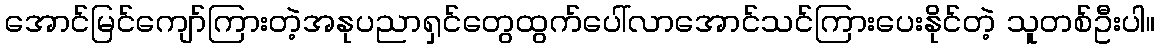
အောင်မြင်ကျော်ကြားတဲ့အနုပညာရှင်တွေထွက်ပေါ်လာအောင်သင်ကြားပေးနိုင်တဲ့ သူတစ်ဦးပါ။